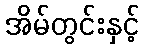
အိမ်တွင်းနှင့်